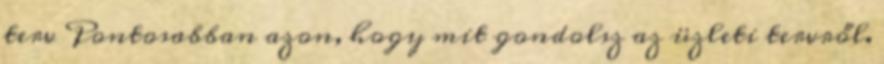
terv Pontosabban azon, hogy mit gondolsz az üzleti tervről.